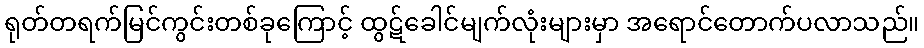
ရုတ်တရက်မြင်ကွင်းတစ်ခုကြောင့် ထွဋ်ခေါင်မျက်လုံးများမှာ အရောင်တောက်ပလာသည်။